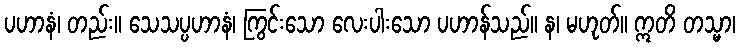
ပဟာနံ၊ တည်း။ သေသပ္ပဟာနံ၊ ကြွင်းသော လေးပါးသော ပဟာန်သည်။ န၊ မဟုတ်။ ဣတိ တသ္မာ၊